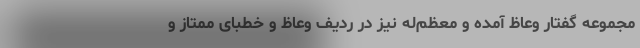
مجموعه گفتار وعاظ آمده و معظم‌له نیز در ردیف وعاظ و خطبای ممتاز و